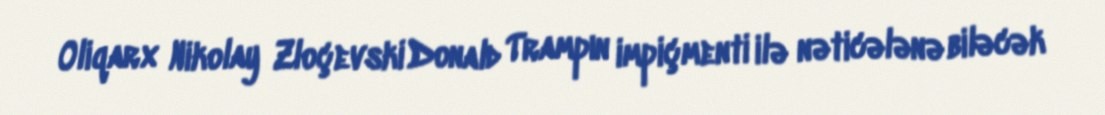
Oliqarx Nikolay Zloçevski Donald Trampın impiçmenti ilə nəticələnə biləcək